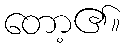
တော့၏။